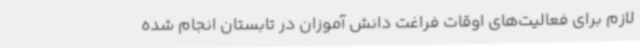
لازم برای فعالیت‌های اوقات فراغت دانش آموزان در تابستان انجام شده